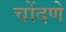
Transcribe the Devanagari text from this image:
चोंदणे